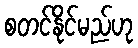
စတင်နိုင်မည်ဟု